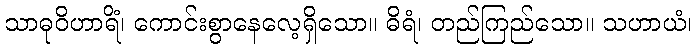
သာဓုဝိဟာရိံ၊ ကောင်းစွာနေလေ့ရှိသော။ ဓိရံ၊ တည်ကြည်သော။ သဟာယံ၊